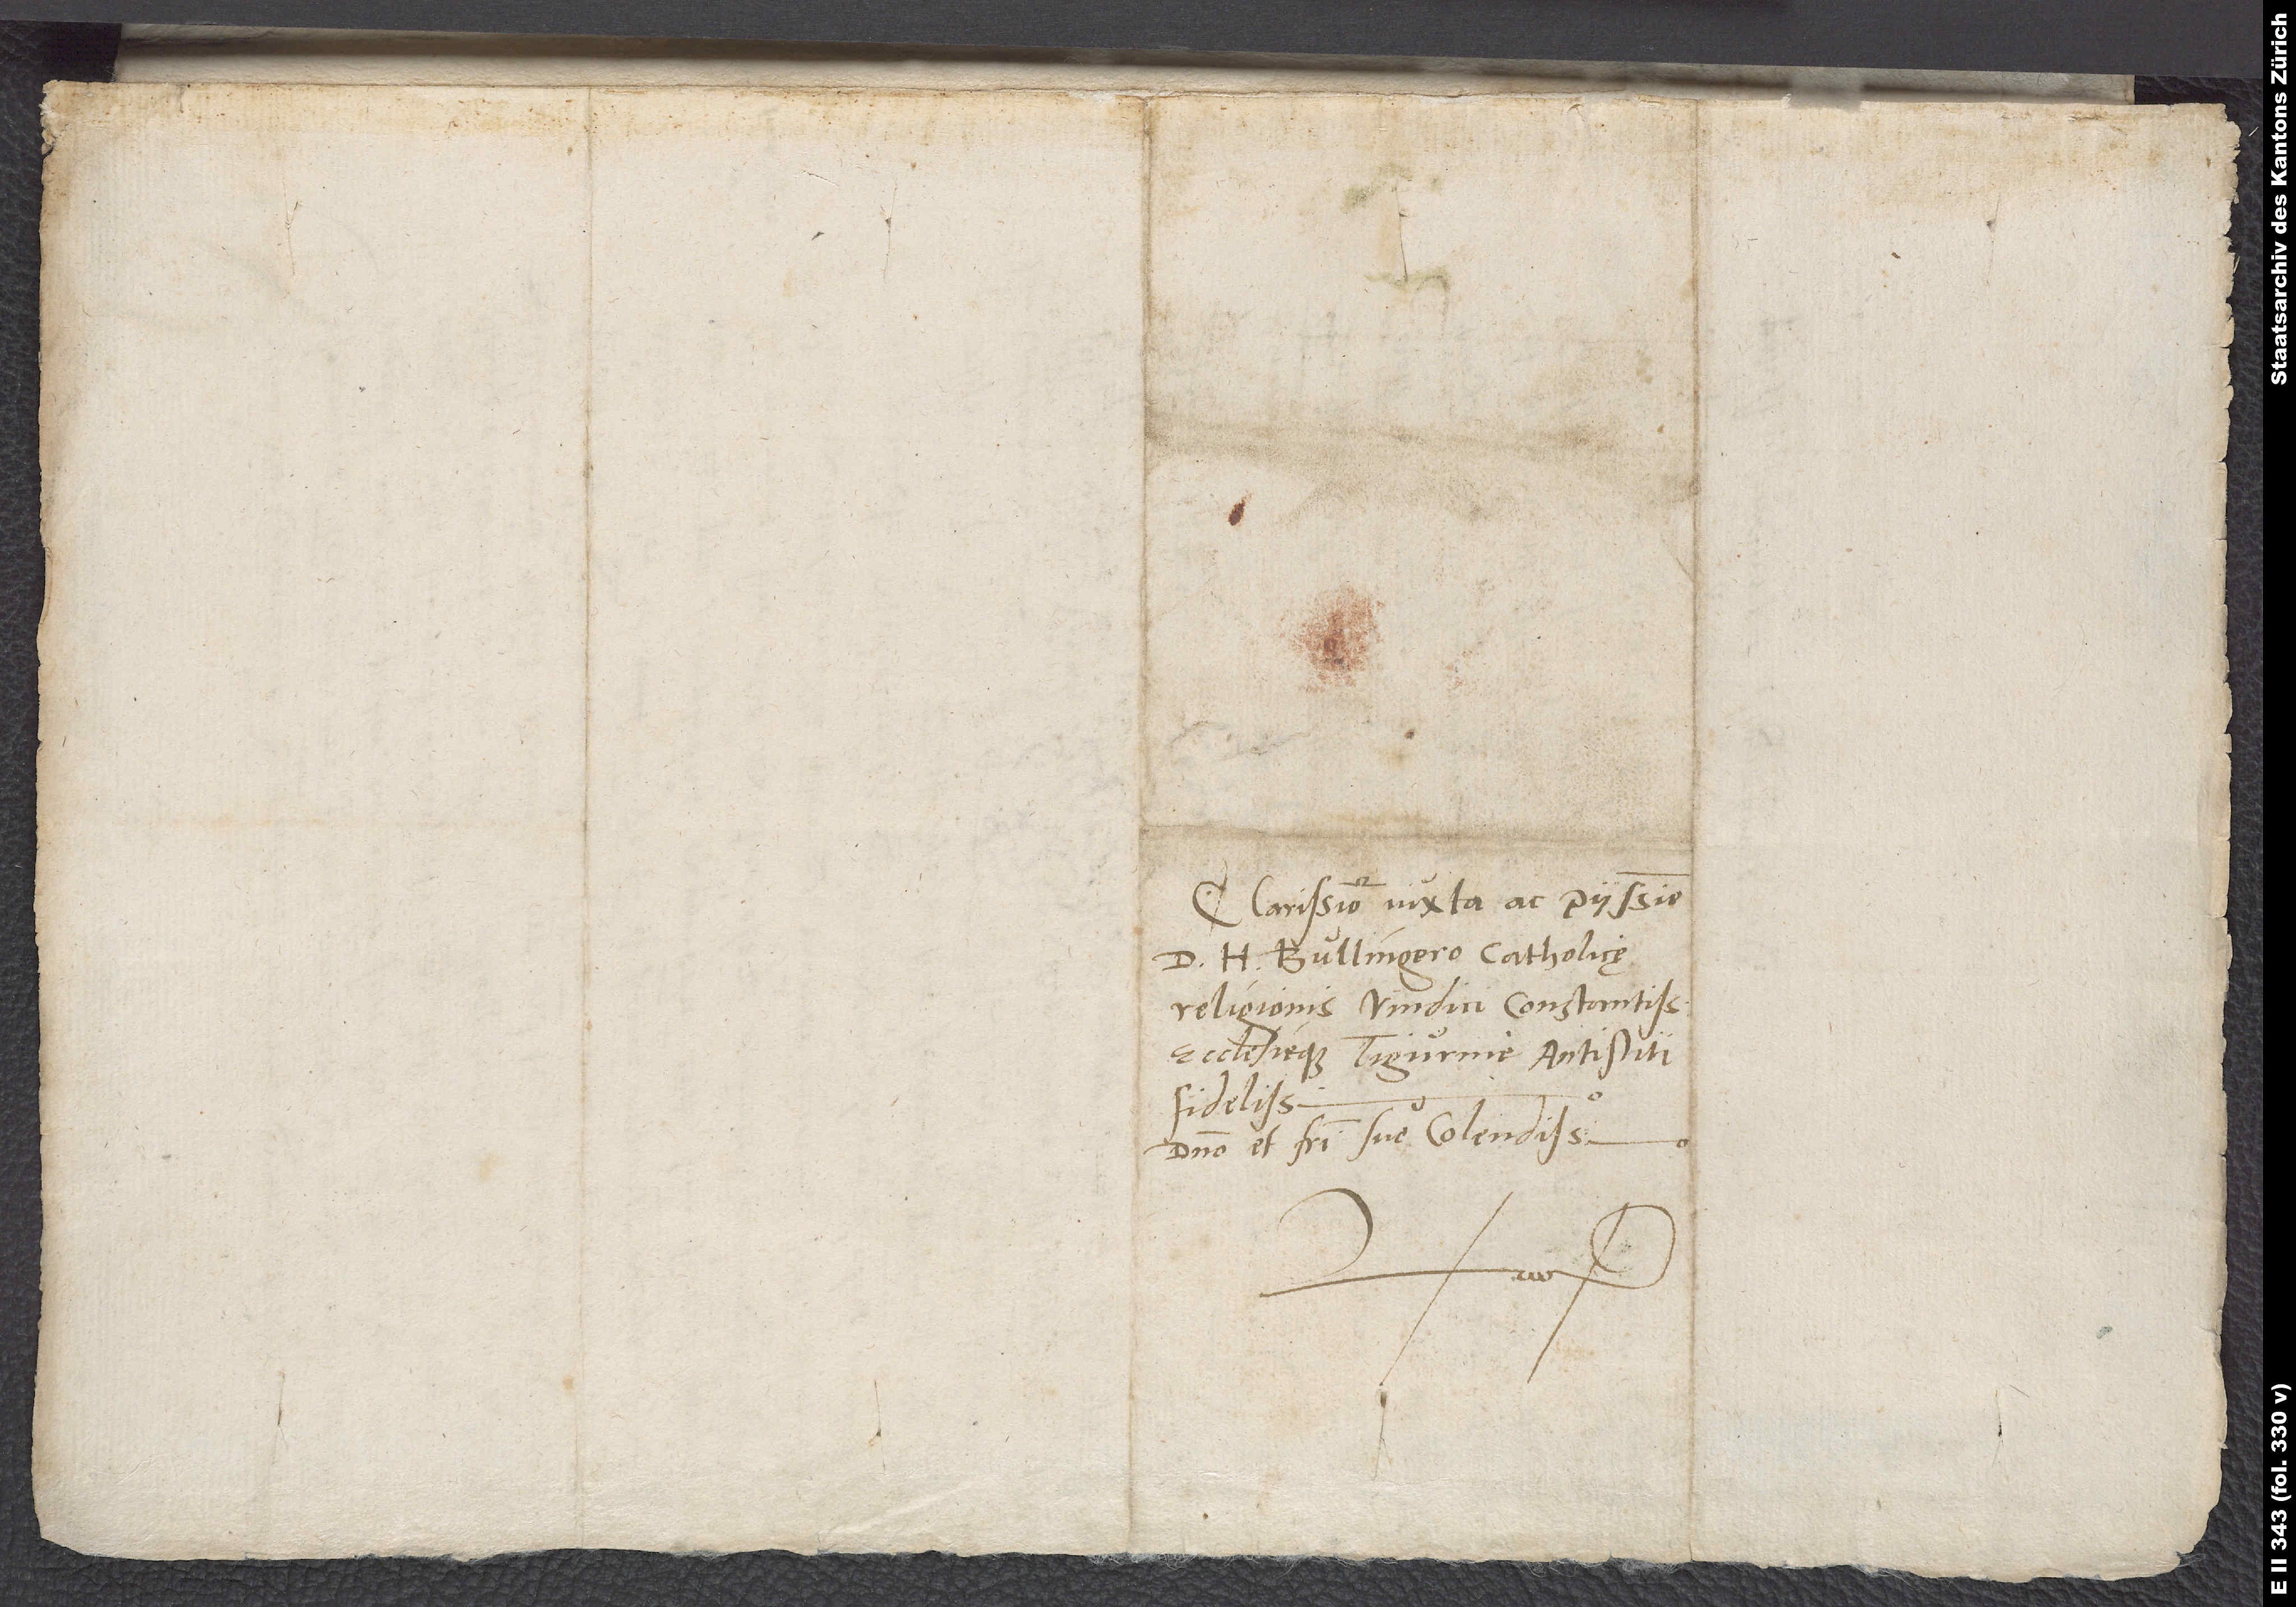
Clarissimo iuxta ac piissimo
d. H Bullingero, catholicę
religionis vindici constantissimo
ecclesieque Tigurinae antistiti
domino et fratri suo colendissimo.